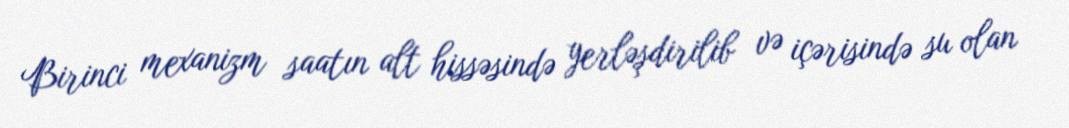
Birinci mexanizm saatın alt hissəsində yerləşdirilib və içərisində su olan